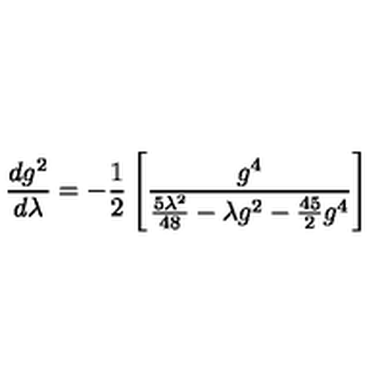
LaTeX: \frac { d g ^ { 2 } } { d \lambda } = - \frac { 1 } { 2 } \left[ \frac { g ^ { 4 } } { \frac { 5 \lambda ^ { 2 } } { 4 8 } - \lambda g ^ { 2 } - \frac { 4 5 } { 2 } g ^ { 4 } } \right]